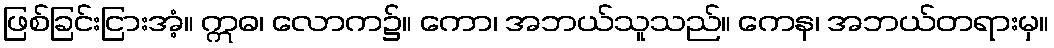
ဖြစ်ခြင်းငြားအံ့။ ဣဓ၊ လောက၌။ ကော၊ အဘယ်သူသည်။ ကေန၊ အဘယ်တရားမှ။